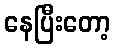
နေပြီးတော့